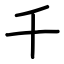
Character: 千